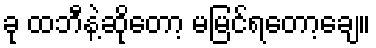
ခု ထဘီနဲ့ဆိုတော့ မမြင်ရတော့ချေ။